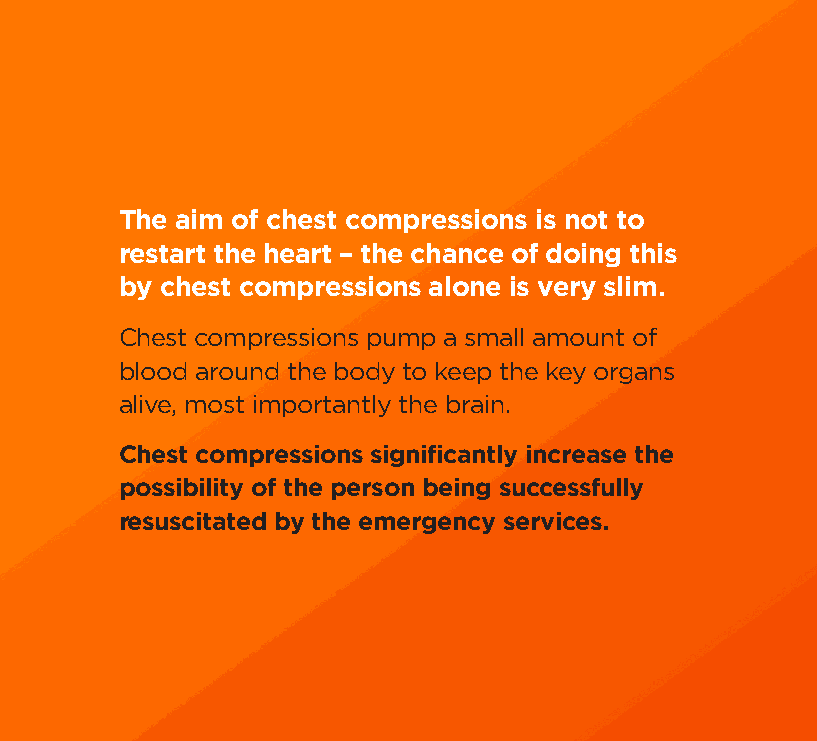
od booklet inner + cove#93667D 03/09/2009 09:13 Page 34
 The aim of chest compressions is not to
 restart the heart – the chance of doing this
 by chest compressions alone is very slim.
 Chest compressions pump a small amount of
 blood around the body to keep the key organs
 alive, most importantly the brain.
 Chest compressions significantly increase the
 possibility of the person being successfully
 resuscitated by the emergency services.